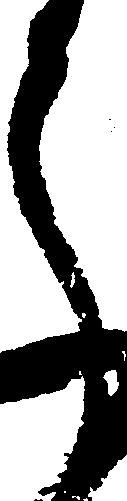
了